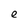
Character: e